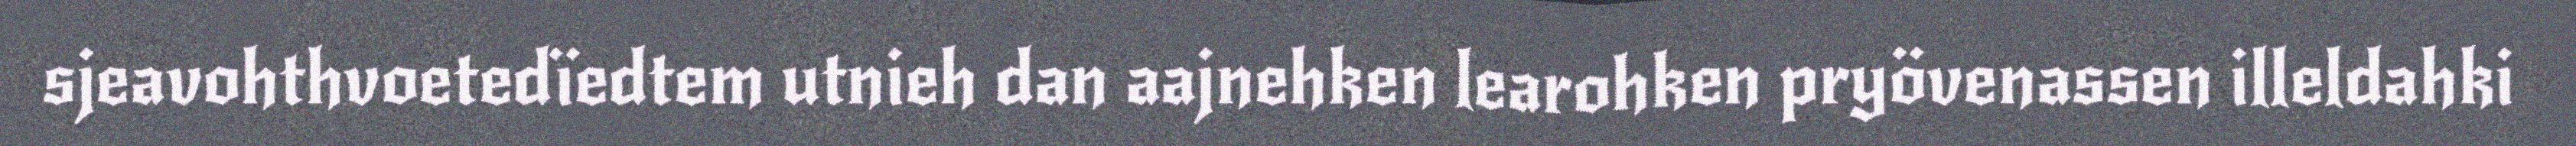
sjeavohthvoetedïedtem utnieh dan aajnehken learohken pryövenassen illeldahki